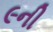
૯ની